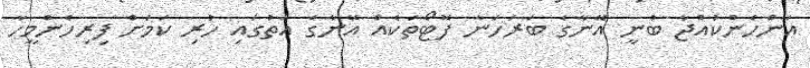
އަންހެންކުއްޖާ ބުނީ އޭނާގެ ބަރަހަނާ ފޮޓޯތަކެއް އޭނާގެ އަތުގައި ހުރި ކަމަށް ފިރިހެންމީހާ